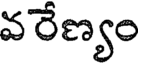
వరేణ్యం